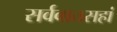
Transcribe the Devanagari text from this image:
सर्ववातसहां